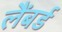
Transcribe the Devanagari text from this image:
लैंबर्ड